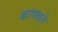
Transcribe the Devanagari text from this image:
बाणवले